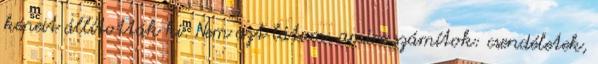
képeit állították ki. Nem azt látom, amire számítok: csendéletek,